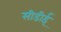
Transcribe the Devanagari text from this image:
सीडीई